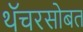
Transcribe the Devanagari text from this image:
थॅचरसोबत